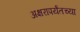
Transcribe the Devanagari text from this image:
अक्षरापर्यंतच्या